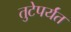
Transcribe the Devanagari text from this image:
तुटेपर्यंत